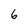
Character: 6